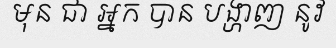
មុន ជា អ្នក បាន បង្ហាញ នូវ